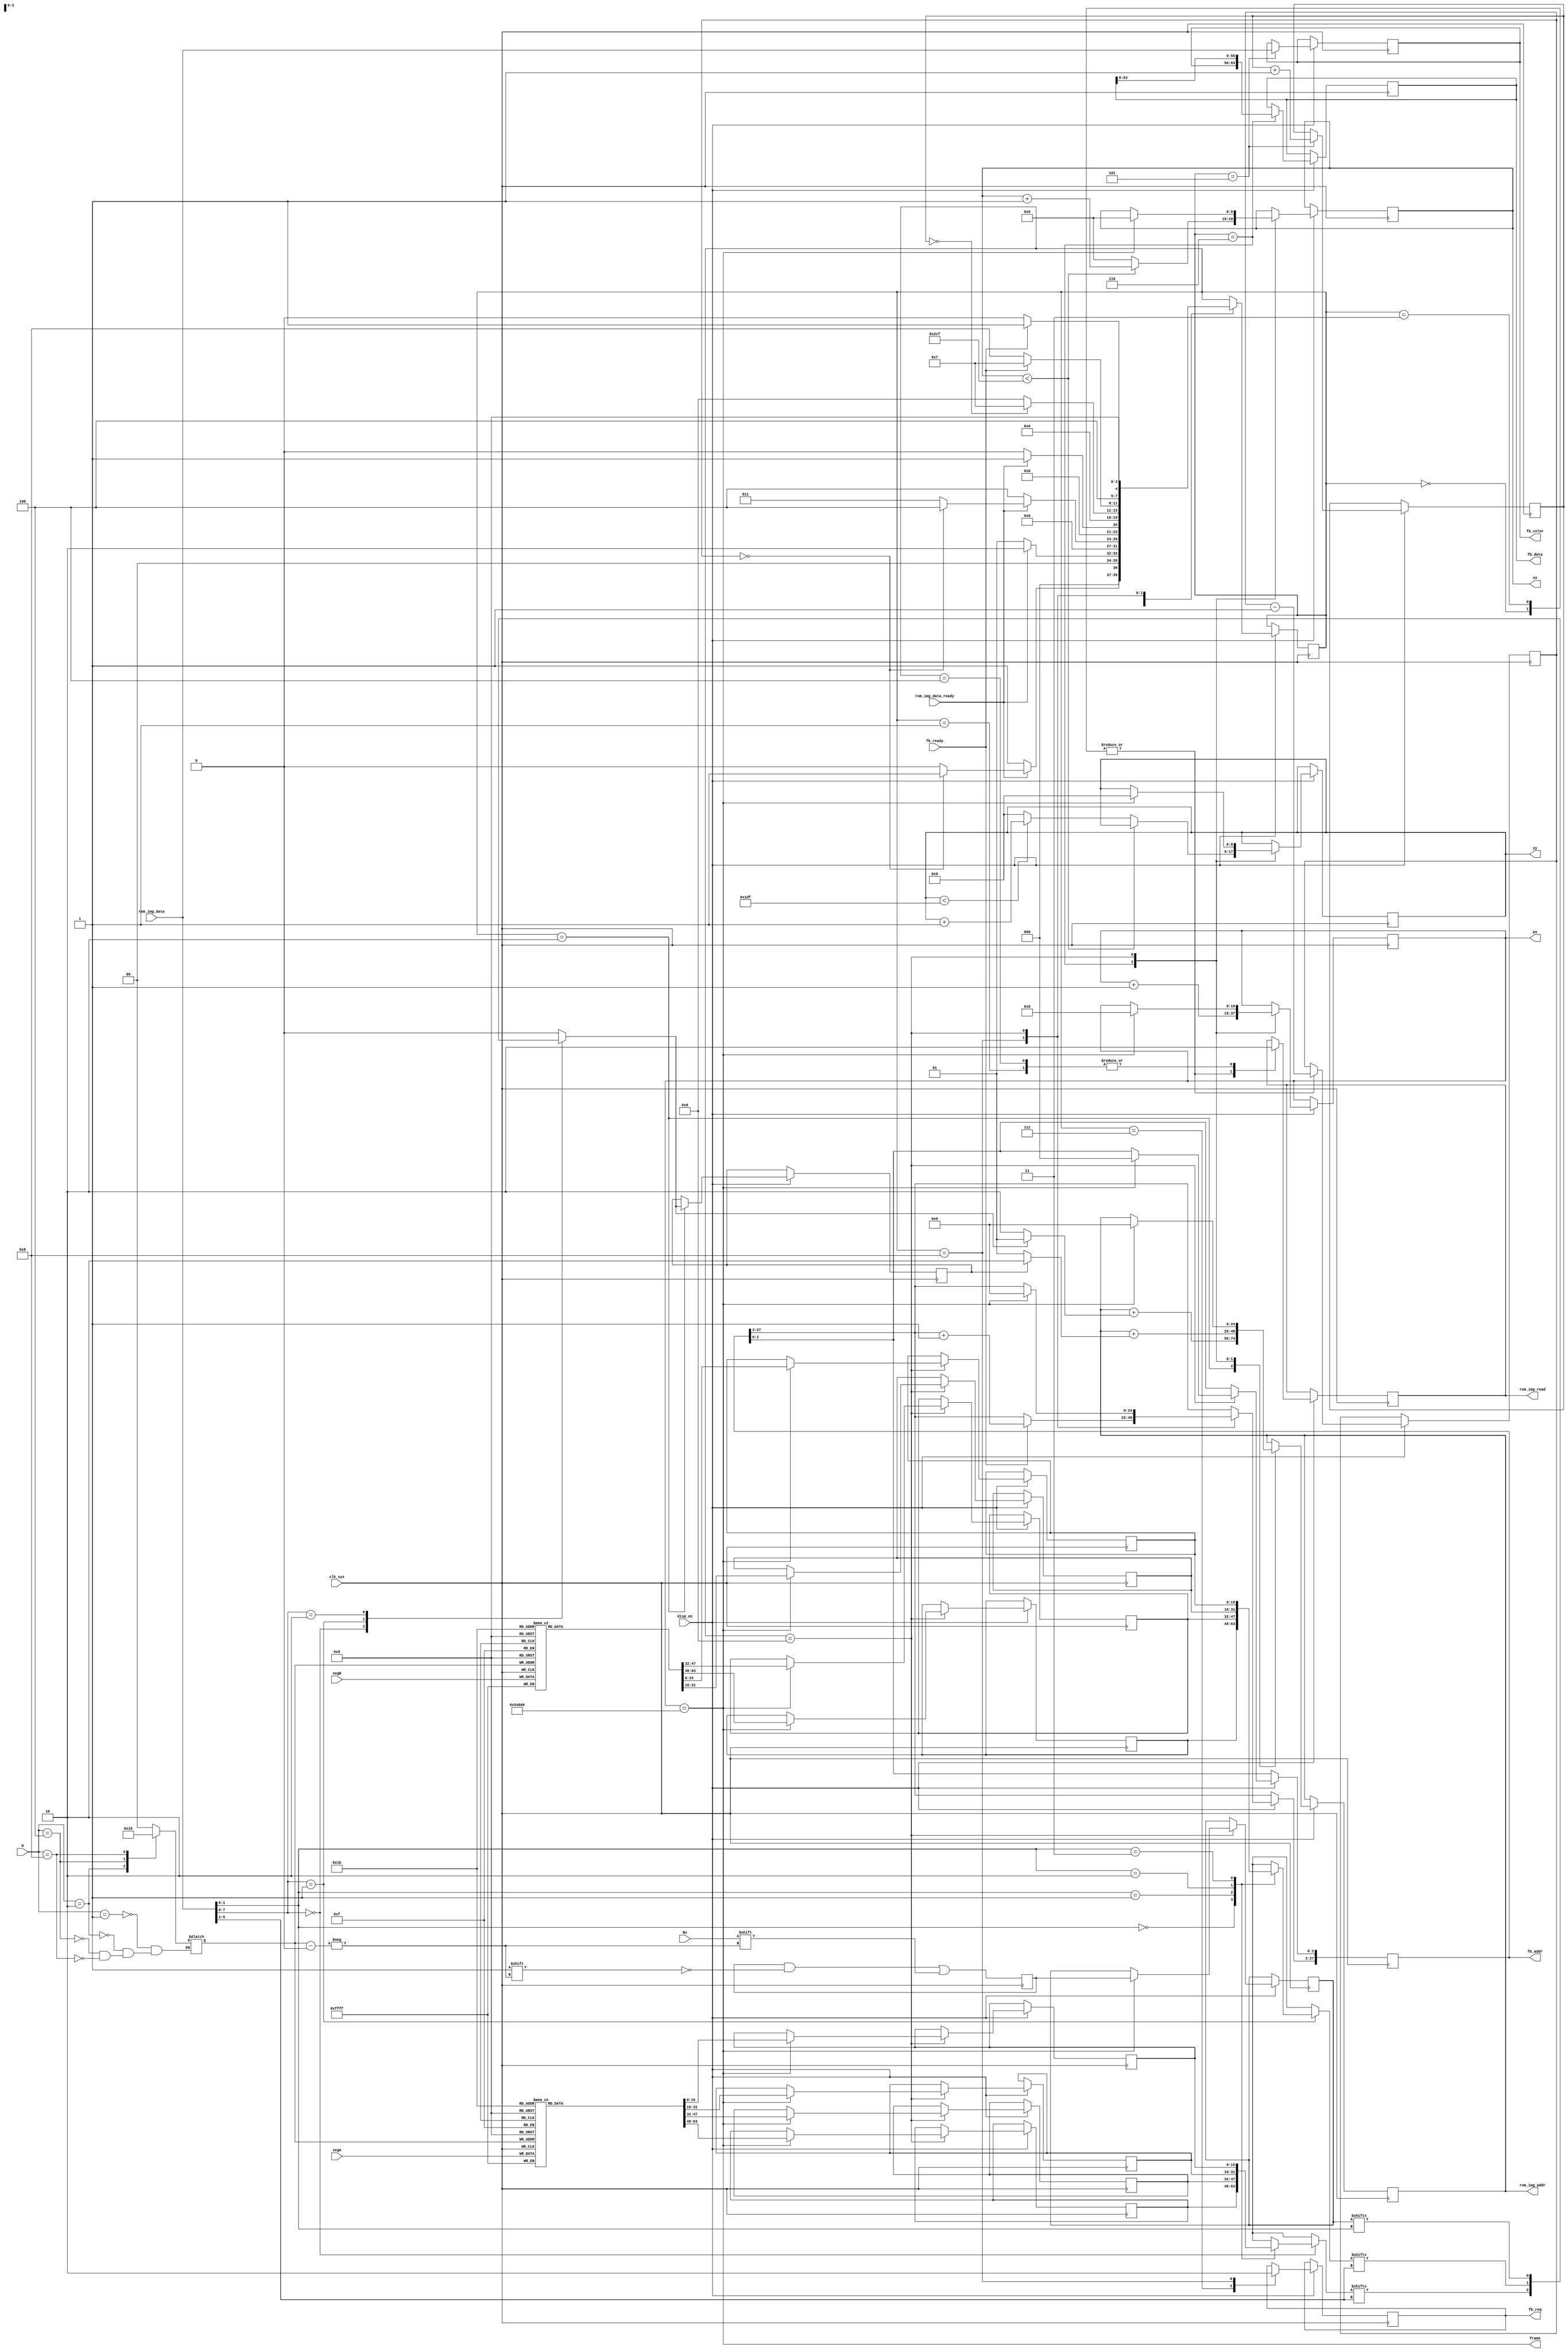

module renderer(
  input clk_sys,
  input [15:0] segA,
  input [15:0] segB,
  input [3:0] H,
  input Bs,

  output reg [24:0] rom_img_addr,
  output reg rom_img_read,
  input rom_img_data_ready,
  input [7:0] rom_img_data,

  output reg [27:0] fb_addr,
  output reg [63:0] fb_data,
  output reg fb_req,
  input fb_ready,

  input disp_en,

  // vram interface for VGA output, not used yet
  output frame,
  output reg [18:0] px,
  output reg [9:0] xx,
  output reg [8:0] yy,
  output reg [7:0] fb_color
);

parameter
  SETUP_MASK_READ = 4'd0,
  WAIT_FOR_MASK_DATA = 4'd1,
  READ_MASK_BYTE = 4'd2,
  SETUP_IMG_READ = 4'd3,
  WAIT_FOR_IMG_DATA = 4'd4,
  READ_IMG_BYTE = 4'd5,
  PUSH_FB_COLOR = 4'd6,
  WRITE_FB = 4'd7,
  WAIT_FOR_FB_WRITE = 4'd8,
  UPDATE_CACHE = 4'd9;

reg [3:0] state;

// reg [7:0] fb_color;
reg [2:0] fb_count;

reg seg_en;
wire [1:0] id  = rom_img_data[7:6];
wire [3:0] col = rom_img_data[5:2];
wire [1:0] row = rom_img_data[1:0];

reg [15:0] seg_a[3:0];
reg [15:0] seg_b[3:0];
reg [3:0] seg_s;

reg [15:0] seg_a_cache[3:0];
reg [15:0] seg_b_cache[3:0];
reg [3:0] seg_s_cache;
reg [1:0] rh;


// update internal segment cache

always @*
  case (H)
    4'b0001: rh = 2'd0;
    4'b0010: rh = 2'd1;
    4'b0100: rh = 2'd2;
    4'b1000: rh = 2'd3;
  endcase

always @(posedge clk_sys) begin
  seg_a[rh] <= segA;
  seg_b[rh] <= segB;
  seg_s[rh] <= Bs;
end

// read internal segment cache

// enable part A and comment part B to activate cache (rendering should be fast enough)
// do the opposite to disable live rendering

// part A
always @* begin
  seg_en = 1'b0;
  case (id)
    2'd0: seg_en = seg_a_cache[row][col];
    2'd1: seg_en = seg_b_cache[row][col];
    2'd2: seg_en = seg_s_cache[row];
  endcase
end

// part B
/*
always @* begin
  seg_en = 1'b0;
  case (id)
    2'd0: seg_en = seg_a[row][col];
    2'd1: seg_en = seg_b[row][col];
    2'd2: seg_en = seg_s[row];
  endcase
end
*/
// end of part B

// 720x480

parameter IMG_SIZE = 720*480;
assign frame = px == IMG_SIZE;
// reg [18:0] px;
reg [1:0] pause = 2'd3;
reg inc;

always @(posedge clk_sys) begin

  if (disp_en) begin

    case (state)

      SETUP_MASK_READ: begin
        rom_img_read <= 1'b1;
        state <= rom_img_data_ready ? pause == 2'd0 ? WAIT_FOR_MASK_DATA : SETUP_MASK_READ : WAIT_FOR_MASK_DATA;
        pause <= pause - 2'd1;
      end

      WAIT_FOR_MASK_DATA: begin
        state <= rom_img_data_ready ? READ_MASK_BYTE : WAIT_FOR_MASK_DATA;
        rom_img_read <= 1'b0;
      end

      READ_MASK_BYTE: begin
        inc <= seg_en;
        rom_img_addr <= rom_img_addr + (seg_en ? 25'd1 : 25'd2);
        state <= SETUP_IMG_READ;
      end

      SETUP_IMG_READ: begin
        rom_img_read <= 1'b1;
        state <= rom_img_data_ready ? pause == 2'd0 ? WAIT_FOR_IMG_DATA : SETUP_IMG_READ : WAIT_FOR_IMG_DATA;
        pause <= pause - 2'd1;
      end

      WAIT_FOR_IMG_DATA: begin
        state <= rom_img_data_ready ? READ_IMG_BYTE : WAIT_FOR_IMG_DATA;
        rom_img_read <= 1'b0;
      end

      READ_IMG_BYTE: begin
        fb_color <= rom_img_data;
        fb_count <= fb_count + 3'd1;
        state <= PUSH_FB_COLOR;
      end

      PUSH_FB_COLOR: begin
        px <= px + 19'd1;
		  
		  if (xx < 719)
			xx <= xx + 10'd1;
		  else begin
			xx <= 10'd0;
		   if (yy < 479)
			  yy <= yy + 9'd1;
			else
			  yy <= 9'd0;
        end
			
        rom_img_addr <= rom_img_addr + (inc ? 25'd2 : 25'd1);
        fb_data <= { fb_color, fb_data[63:8] };
        state <= fb_count == 3'd0 ? WRITE_FB : UPDATE_CACHE;
      end

      WRITE_FB: begin
        fb_req <= 1'b1;
        state <= fb_ready ? WRITE_FB : WAIT_FOR_FB_WRITE;
      end

      WAIT_FOR_FB_WRITE: begin
        if (fb_ready) begin
          state <= UPDATE_CACHE;
          fb_addr[27:3] <= fb_addr[27:3] + 28'd1;
        end
        else begin
          state <= WAIT_FOR_FB_WRITE;
        end
        fb_req <= 1'b0;
      end

      // update coordinates
      UPDATE_CACHE: begin

        if (frame) begin
          fb_addr <= 28'd0;
          rom_img_addr <= 25'd0;
          px <= 19'd0;
			 xx <= 10'd0;
			 yy <= 9'd0;
          seg_a_cache[0] <= seg_a[0];
          seg_a_cache[1] <= seg_a[1];
          seg_a_cache[2] <= seg_a[2];
          seg_a_cache[3] <= seg_a[3];
          seg_b_cache[0] <= seg_b[0];
          seg_b_cache[1] <= seg_b[1];
          seg_b_cache[2] <= seg_b[2];
          seg_b_cache[3] <= seg_b[3];
          seg_s_cache <= seg_s;
        end

        state <= SETUP_MASK_READ;

      end

    endcase

  end

end


endmodule